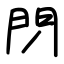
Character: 閁